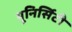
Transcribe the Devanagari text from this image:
यूनिर्सिटी